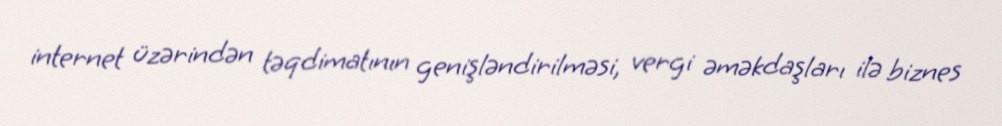
internet üzərindən təqdimatının genişləndirilməsi, vergi əməkdaşları ilə biznes